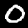
Digit: 0